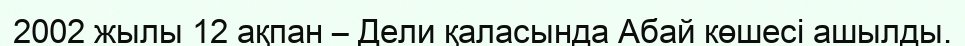
2002 жылы 12 ақпан – Дели қаласында Абай көшесі ашылды.